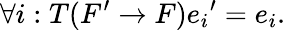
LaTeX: \forall i:T(F^{\prime}\to F)e_{i}{}^{\prime}=e_{i}.